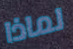
لماذا